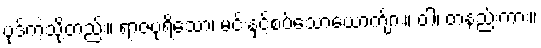
ပုဒ်ကဲ့သို့တည်း။ ရာဇပုရိသော၊ မင်းနှင့်စပ်သောယောက်ျား။ ဝါ၊ တနည်းကား။